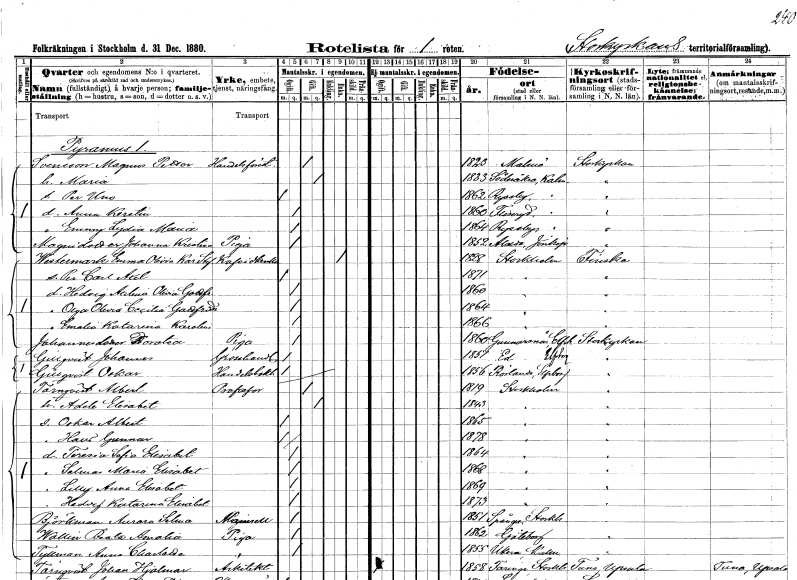
gt_parse: households: individuals: FN: Magnus Petter
EN: Svensson
YRKE: Handelsföreståndare
KON: M
CIV: G
FODAR: 1823
FODFORS: Malmö Malmöhus län
FN: Maria
KON: K
CIV: G
FODAR: 1833
FODFORS: Söderåkra Kalmar län
FN: Per Uno
KON: M
CIV: O
FODAR: 1862
FODFORS: Ryssby Kalmar län
FN: Anna Kerstin
KON: K
CIV: O
FODAR: 1860
FODFORS: Fliseryd Kalmar län
FN: Emmy Lydia Maria
KON: K
CIV: O
FODAR: 1864
FODFORS: Ryssby Kalmar län
FN: Johanna Kristina
EN: Magnidotter
YRKE: Piga
KON: K
CIV: O
FODAR: 1852
FODFORS: Alseda Jönköpings län
FN: Emma Olivia Karolina Stefania
EN: Westermark
YRKE: Kaféidkerska
KON: K
CIV: E
FODAR: 1828
FODFORS: Stockholm
FN: Per Carl Axel
KON: M
CIV: O
FODAR: 1871
FODFORS: Stockholm
FN: Hedvig Axelina Olivia Gottfrida
KON: K
CIV: O
FODAR: 1860
FODFORS: Stockholm
FN: Olga Olivia Cecilia Gottfrida
KON: K
CIV: O
FODAR: 1864
FODFORS: Stockholm
FN: Emalia Katarina Karolina
KON: K
CIV: O
FODAR: 1866
FODFORS: Stockholm
FN: Dorotea
EN: Johansdotter
YRKE: Piga
KON: K
CIV: O
FODAR: 1860
FODFORS: Gunnarsnäs Älvsborgs län
FN: Johannes
EN: Gillqvist
YRKE: Grosshandlare
KON: M
CIV: O
FODAR: 1851
FODFORS: Ed Älvsborgs län
FN: Oskar
EN: Gillqvist
YRKE: Handelsbokhållare
KON: M
CIV: O
FODAR: 1856
FODFORS: Rölanda Älvsborgs län
FN: Albert
EN: Törnqvist
YRKE: Professor
KON: M
CIV: G
FODAR: 1819
FODFORS: Stockholm
FN: Adele Elisabet
KON: K
CIV: G
FODAR: 1843
FODFORS: Stockholm
FN: Oskar Albert
KON: M
CIV: O
FODAR: 1865
FODFORS: Stockholm
FN: Hans Gunnar
KON: M
CIV: O
FODAR: 1878
FODFORS: Stockholm
FN: Teresia Sofia Elisabet
KON: K
CIV: O
FODAR: 1864
FODFORS: Stockholm
FN: Selma Maria Elisabet
KON: K
CIV: O
FODAR: 1868
FODFORS: Stockholm
FN: Lilly Anna Elisabet
KON: K
CIV: O
FODAR: 1869
FODFORS: Stockholm
FN: Hedvig Katarina Elisabet
KON: K
CIV: O
FODAR: 1873
FODFORS: Stockholm
FN: Aurora Selma
EN: Björkman
KON: K
CIV: O
FODAR: 1851
FODFORS: Spånga Stockholms län